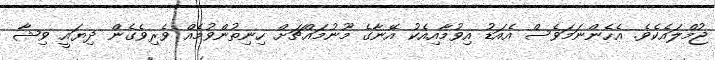
ޖުމްލައެކެވެ. އެހެންނަމަވެސް އެއަޑު އިވުމާއިއެކު އޭނާގެ މޫނުމައްޗަށް ހިނިތުންވުމެއް ވެރިވެގެން ދިޔައީ ވިޝާ